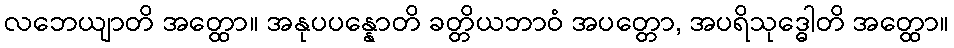
လဘေယျာတိ အတ္ထော။ အနုပပန္နောတိ ခတ္တိယဘာဝံ အပတ္တော, အပရိသုဒ္ဓေါတိ အတ္ထော။